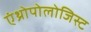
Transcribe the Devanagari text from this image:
एंथ्रोपोलोजिस्ट